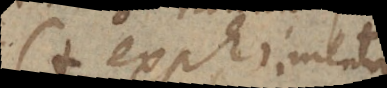
(+ experimenta